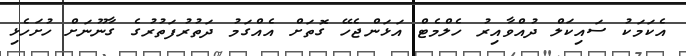
އެކަމަކު ސައިކަލް ދުއްވާއިރު ހެލްމެޓް އަޅަންޖެހޭ ގޮތަށް އެއްގަމު ދަތުރުފަތުރުގެ ގާނޫނަށް ހުށަހެޅި